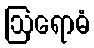
ဩရောဓံ